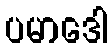
ပမာဒေါ